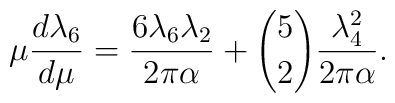
\mu{d\lambda_6\over d\mu} = {6 \lambda_6 \lambda_2\over 2\pi\alpha} + {5\choose 2} {\lambda_4^2\over 2\pi\alpha}.